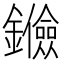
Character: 𨯘